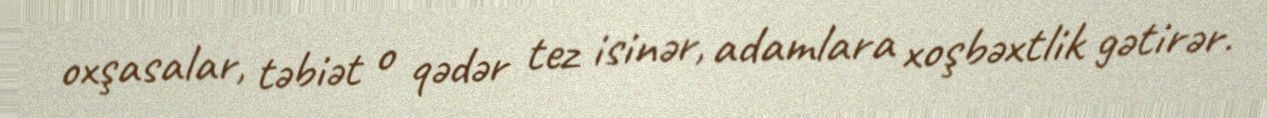
oxşasalar, təbiət o qədər tez isinər, adamlara xoşbəxtlik gətirər.